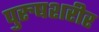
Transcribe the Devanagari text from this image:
पुरुषशरीर